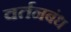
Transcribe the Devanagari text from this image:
वर्तनबंध